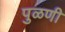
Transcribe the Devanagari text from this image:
पुळणी